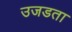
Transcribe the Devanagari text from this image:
उजडता